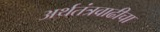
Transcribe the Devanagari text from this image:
अर्थतंत्रवाढीचा